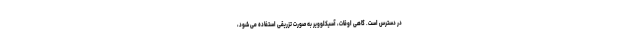
در دسترس است. گاهی اوقات، آسیکلوویر به صورت تزریقی استفاده می شود،